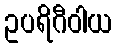
ဥပရိဂီဝါယ